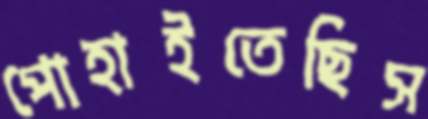
পোহাইতেছিস